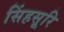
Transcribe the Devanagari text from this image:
सिंहसूरि